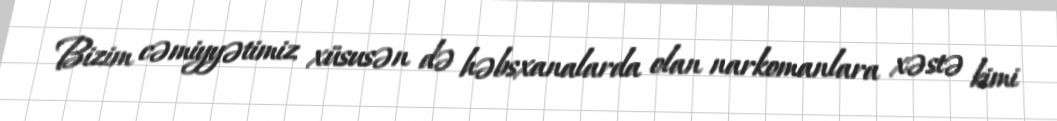
Bizim cəmiyyətimiz xüsusən də həbsxanalarda olan narkomanlara xəstə kimi